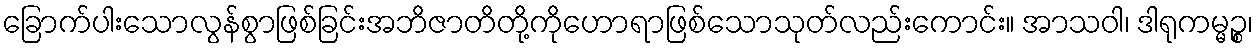
ခြောက်ပါးသောလွန်စွာဖြစ်ခြင်းအဘိဇာတိတို့ကိုဟောရာဖြစ်သောသုတ်လည်းကောင်း။ အာသဝါ၊ ဒါရုကမ္မဉ္စ၊